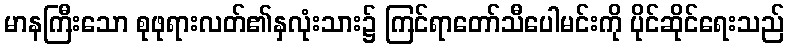
မာနကြီးသော စုဖုရားလတ်၏နှလုံးသား၌ ကြင်ရာတော်သီပေါမင်းကို ပိုင်ဆိုင်ရေးသည်